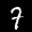
Label: 7